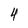
Character: 4